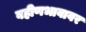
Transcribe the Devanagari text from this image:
बहीणभावावर